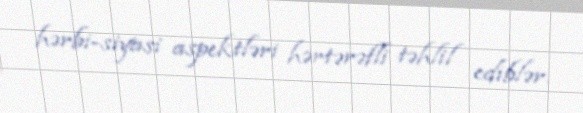
hərbi-siyasi aspektləri hərtərəfli təhlil ediblər.